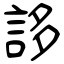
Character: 誃